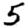
Digit: 5